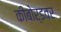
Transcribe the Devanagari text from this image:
कीबोर्डवर